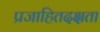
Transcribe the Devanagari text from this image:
प्रजाहितदक्षता